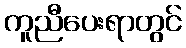
ကူညီပေးရာတွင်